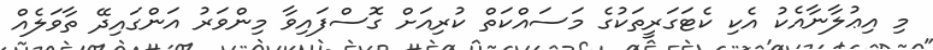
މި އިޢުލާނާއެކު އެކި ކެޓަގަރީތަކުގެ މަސައްކަތް ކުރިއަށް ގޮސްފައިވާ މިންވަރު އަންގައިދޭ ތާވަލެއް